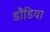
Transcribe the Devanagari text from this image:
डौंडिया